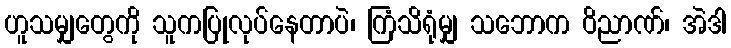
ဟူသမျှတွေကို သူကပြုလုပ်နေတာပဲ၊ ကြံသိရုံမျှ သဘောက ဝိညာဏ်၊ အဲဒါ